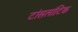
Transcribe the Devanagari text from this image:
टांसलांटिक